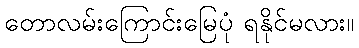
တောလမ်းကြောင်းမြေပုံ ရနိုင်မလား။